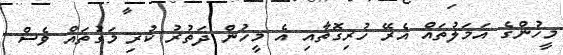
މީހުންގެ އަމަލުތައް އެރޭ ހުރިގޮތާއި އެ މީހުން ދަތުރު ކުރި މަގުތައް ވެސް